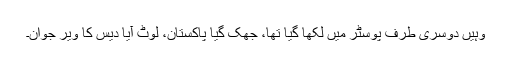
وہیں دوسری طرف پوسٹر میں لکھا گیا تھا، جھک گیا پاکستان، لوٹ آیا دیس کا ویر جوان۔